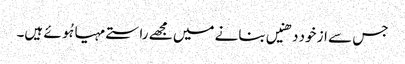
جس سے از خود دھنیں بنانے میں مجھے راستے مہیا ہُوئے ہیں۔